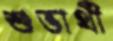
শুভার্থী